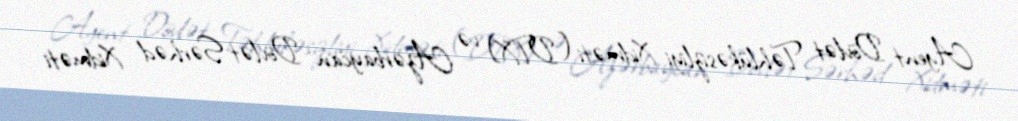
Agent Dövlət Təhlükəsizliyi Xidməti (DTX) və Azərbaycan Dövlət Sərhəd Xidməti